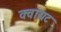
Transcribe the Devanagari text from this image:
क्वायट